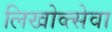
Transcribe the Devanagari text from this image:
लिखोव्त्सेवा